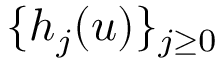
\{ h _ { j } ( u ) \} _ { j \geq 0 }